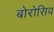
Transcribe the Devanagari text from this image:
बोरोसिव